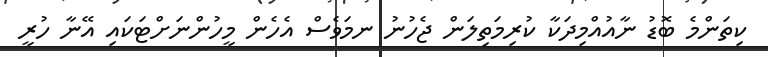
ކިތަންމެ ބޮޑު ނާއުއްމިދަކާ ކުރިމަތިލަން ޖެހުނު ނމަވެސް އެހެން މީހުންނަށްޓަކައި އޭނާ ހުރީ